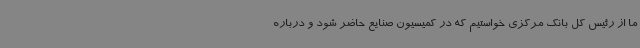
ما از رئیس کل بانک مرکزی خواستیم که در کمیسیون صنایع حاضر شود و درباره